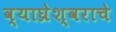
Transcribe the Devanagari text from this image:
व्याघ्रेश्वराचे